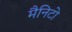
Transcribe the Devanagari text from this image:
मैनिटो